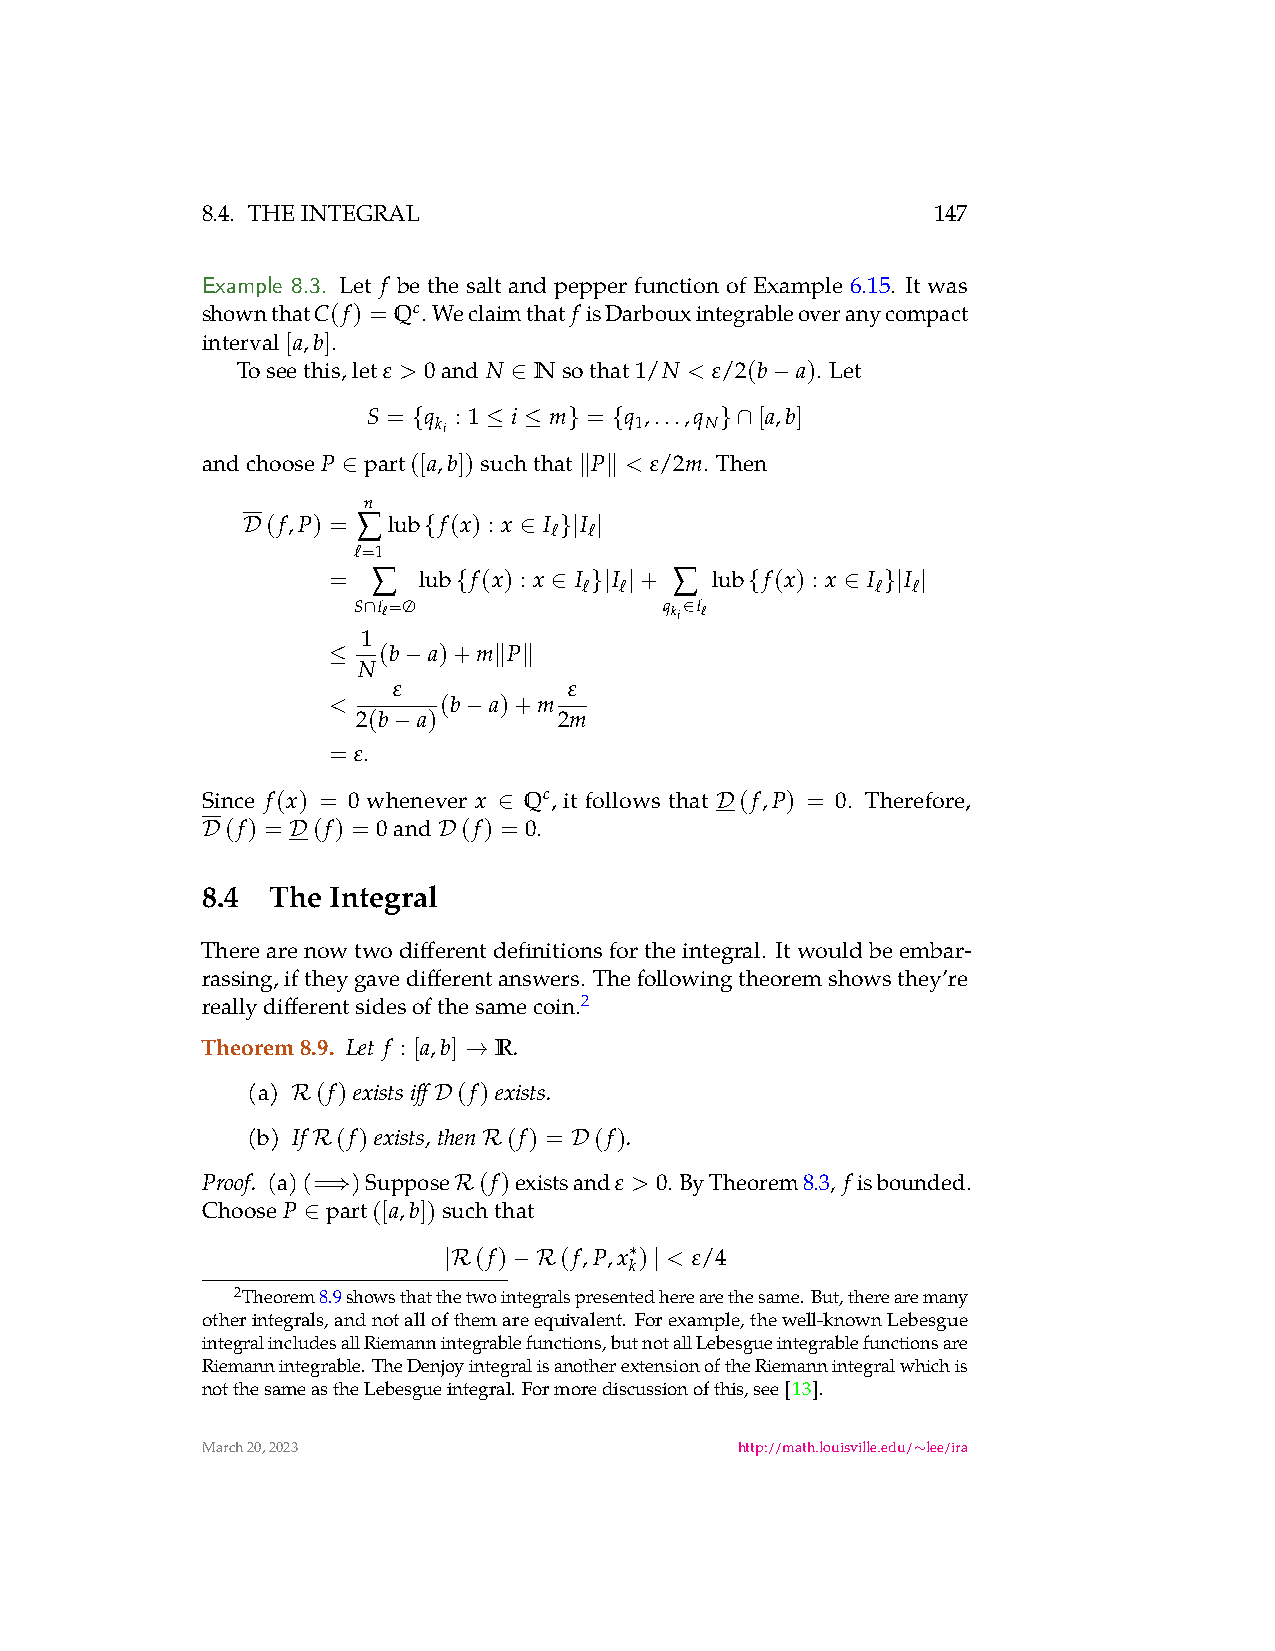
8.4. THEINTEGRAL                                 147
 Example 8.3. Let f be the salt and pepper function of Example 6.15. It was
 shownthatC(f) = Qc. Weclaimthat f isDarbouxintegrableoveranycompact
 interval[a,b].
 Toseethis,let ε > 0and N Nsothat 1/N < ε/2(b a). Let
 ∈                −
 S = q : 1 i m  = q ,...,q [a,b]
 {
 ki
 ≤  ≤  } {
 1    N
 }∩
 andchoose P part([a,b])suchthat P < ε/2m. Then
 ∈              ∥ ∥
 n
 ∑
 (f,P) = lub f(x) : x I I
 ℓ  ℓ
 D           {     ∈  }| |
 ℓ=1
 ∑                   ∑
 =     lub f(x) : x I I + lub f(x) : x I I
 ℓ ℓ                ℓ ℓ
 {     ∈  }| |       {     ∈ }| |
 S ∩Iℓ=∅              q ki∈Iℓ
 1
 (b a)+m  P
 ≤ N  −     ∥ ∥
 ε           ε
 <      (b a)+m
 2(b a) −     2m
 −
 = ε.
 Since f(x) = 0 whenever x Qc, it follows that (f,P) = 0. Therefore,
 ∈             D
 (f) = (f) = 0and (f) = 0.
 D     D         D
 8.4  The Integral
 Therearenowtwodifferentdefinitionsfortheintegral. Itwouldbeembar-
 rassing,iftheygavedifferentanswers. Thefollowingtheoremshowsthey’re
 reallydifferentsidesofthesamecoin.2
 Theorem8.9. Let f : [a,b] R .
 →
 (a)  (f)existsiff (f)exists.
 R         D
 (b) If (f)exists,then (f) = (f).
 R          R     D
 Proof. (a)(= )Suppose (f)existsand ε > 0. ByTheorem8.3, f isbounded.
 ⇒       R
 Choose P part([a,b])suchthat
 ∈
 |R(f) −R(f,P,x k∗)
 |
 < ε/4
 2Theorem8.9showsthatthetwointegralspresentedherearethesame.But,therearemany
 otherintegrals,andnotallofthemareequivalent. Forexample,thewell-knownLebesgue
 integralincludesallRiemannintegrablefunctions,butnotallLebesgueintegrablefunctionsare
 Riemannintegrable.TheDenjoyintegralisanotherextensionoftheRiemannintegralwhichis
 notthesameastheLebesgueintegral.Formorediscussionofthis,see[13].
 March20,2023                        http://math.louisville.edu/ lee/ira
 ∼